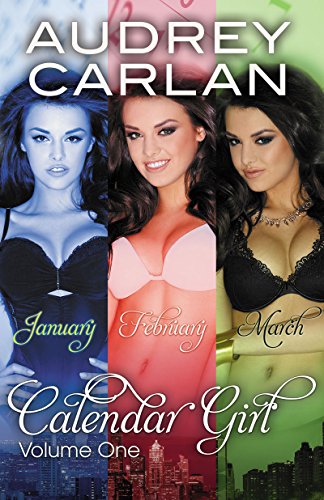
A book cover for Calendar Girl: Volume One; Audrey Carlan; Romance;